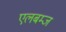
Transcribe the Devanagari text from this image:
एलबम्ज